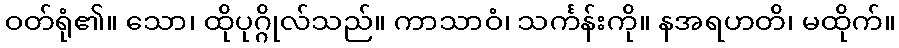
ဝတ်ရုံ၏။ သော၊ ထိုပုဂ္ဂိုလ်သည်။ ကာသာဝံ၊ သင်္ကန်းကို။ နအရဟတိ၊ မထိုက်။